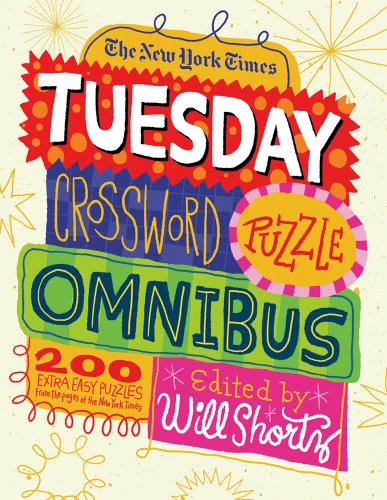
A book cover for The New York Times Tuesday Crossword Puzzle Omnibus: 200 Easy Puzzles from the Pages of The New York Times; The New York Times; Humor & Entertainment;